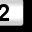
Digit: 2